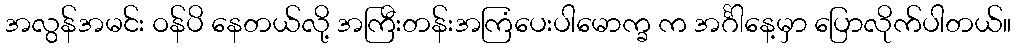
အလွန်အမင်း ဝန်ပိ နေတယ်လို့ အကြီးတန်းအကြံပေးပါမောက္ခ က အင်္ဂါနေ့မှာ ပြောလိုက်ပါတယ်။